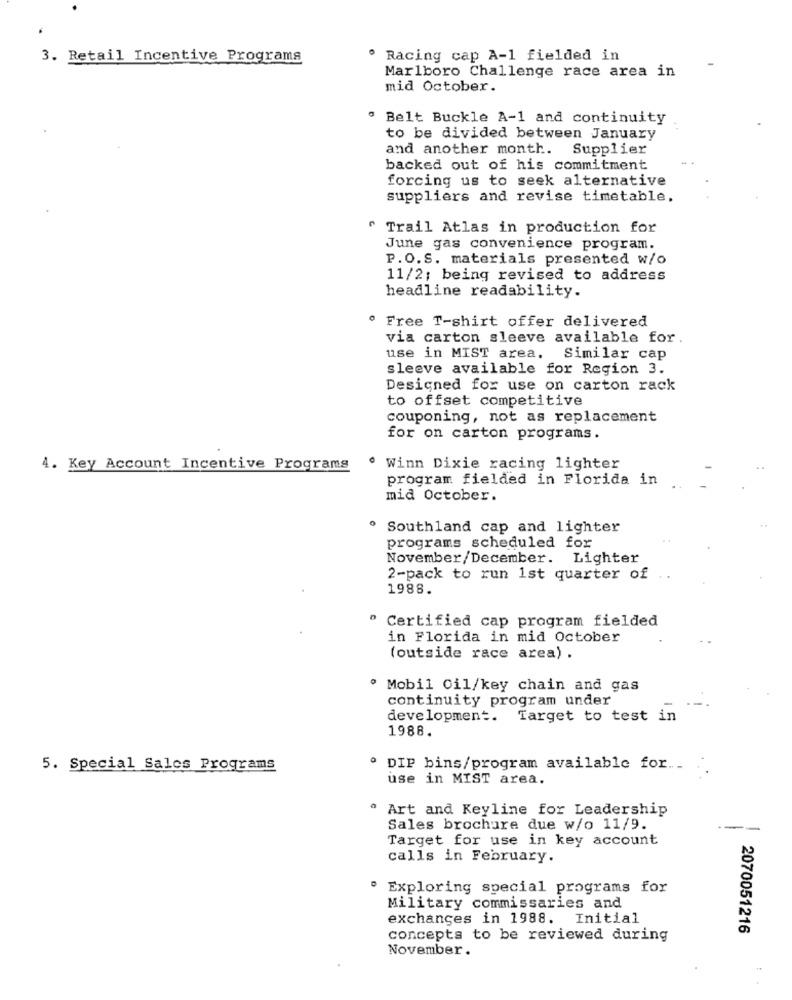
3. Retail Incentive Programs
Racing cap A-1 fielded in
Marlboro Challenge race area in
mid October.
" Belt Buckle A-1 and continuity
to be divided between January
and another month. Supplier
backed out of his commitment
forcing us to seek alternative
suppliers and revise timetable.
" Trail Atlas in production for
June gas convenience program.
P.O.S. materials presented w/o
11/2; being revised to address
headline readability.
Free T-shirt offer delivered
via carton sleeve available for
use in MIST area.
Similar cap
sleeve available for Region 3.
Designed for use on carton rack
to offset competitive
couponing, not as replacement
for on carton programs.
4. Key Account Incentive Programs
. Winn Dixie racing lighter
program fielded in Florida in
mid October.
· Southland cap and lighter
programs scheduled for
November/December. Lighter
2-pack to run 1st quarter of
1988.
Certified cap program fielded
in Florida in mid October
(outside race area) .
· Mobil Oil/key chain and gas
continuity program under
development.
Target to test in
1988.
5. Special Sales Programs
. DIP bins/program available for ..
use in MIST area.
. Art and Keyline for Leadership
Sales brochure due w/o 11/9.
Target for use in key account
calls in February.
" Exploring special programs for
Military commissaries and
exchanges in 1988. Initial
2070051216
concepts to be reviewed during
November.